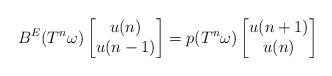
LaTeX: \begin{align*} B^E(T^n\omega)\begin{bmatrix}u(n) \\ u(n-1) \end{bmatrix}= p(T^n\omega) \begin{bmatrix} u(n+1) \\ u(n) \end{bmatrix}\end{align*}